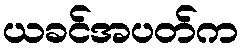
ယခင်အပတ်က